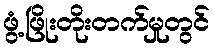
ဖွံ့ဖြိုးတိုးတက်မှုတွင်